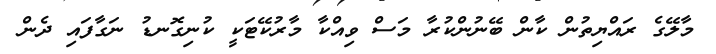
މާލޭގެ ރައްޔިތުން ކާން ބޭނުންކުރާ މަސް ވިއްކާ މާރުކޭޓަކީ ކުނިގޮނޑު ނަގާފައި ދެން